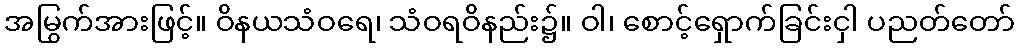
အမြွက်အားဖြင့်။ ဝိနယသံဝရေ၊ သံဝရဝိနည်း၌။ ဝါ၊ စောင့်ရှောက်ခြင်းငှါ ပညတ်တော်